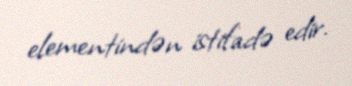
elementindən istifadə edir.